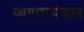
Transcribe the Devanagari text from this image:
व्यापारमंडल